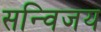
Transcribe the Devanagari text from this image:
सन्विजय